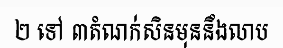
២ ទៅ ៣តំណក់សិនមុននឹងលាប